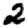
Digit: 2